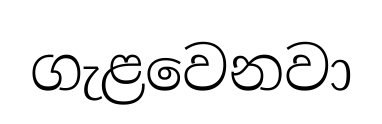
ගැළවෙනවා